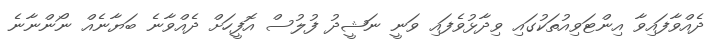
ދެއްވާފައިވާ އިންޓަވިއުތަކުގައި ވިދާޅުވެފައި ވަނީ ނަޝީދު ފުލުސް އޮފީހަށް ދެއްވާނެ ބަޔާނެއް ނޯންނާނެ